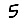
Digit: 5